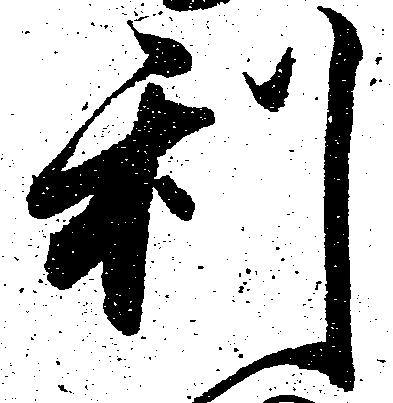
利